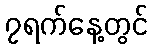
၇ရက်နေ့တွင်